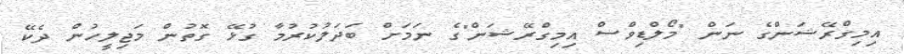
އިމިގްރޭޝަންގެ ނަން "މޯލްޑިވްސް އިމިގްރޭޝަން"ގެ ނަމަށް ބަދަލުކުރުމާ ގުޅޭ ގޮތުން މަޖިލީހުން ދެކޭ